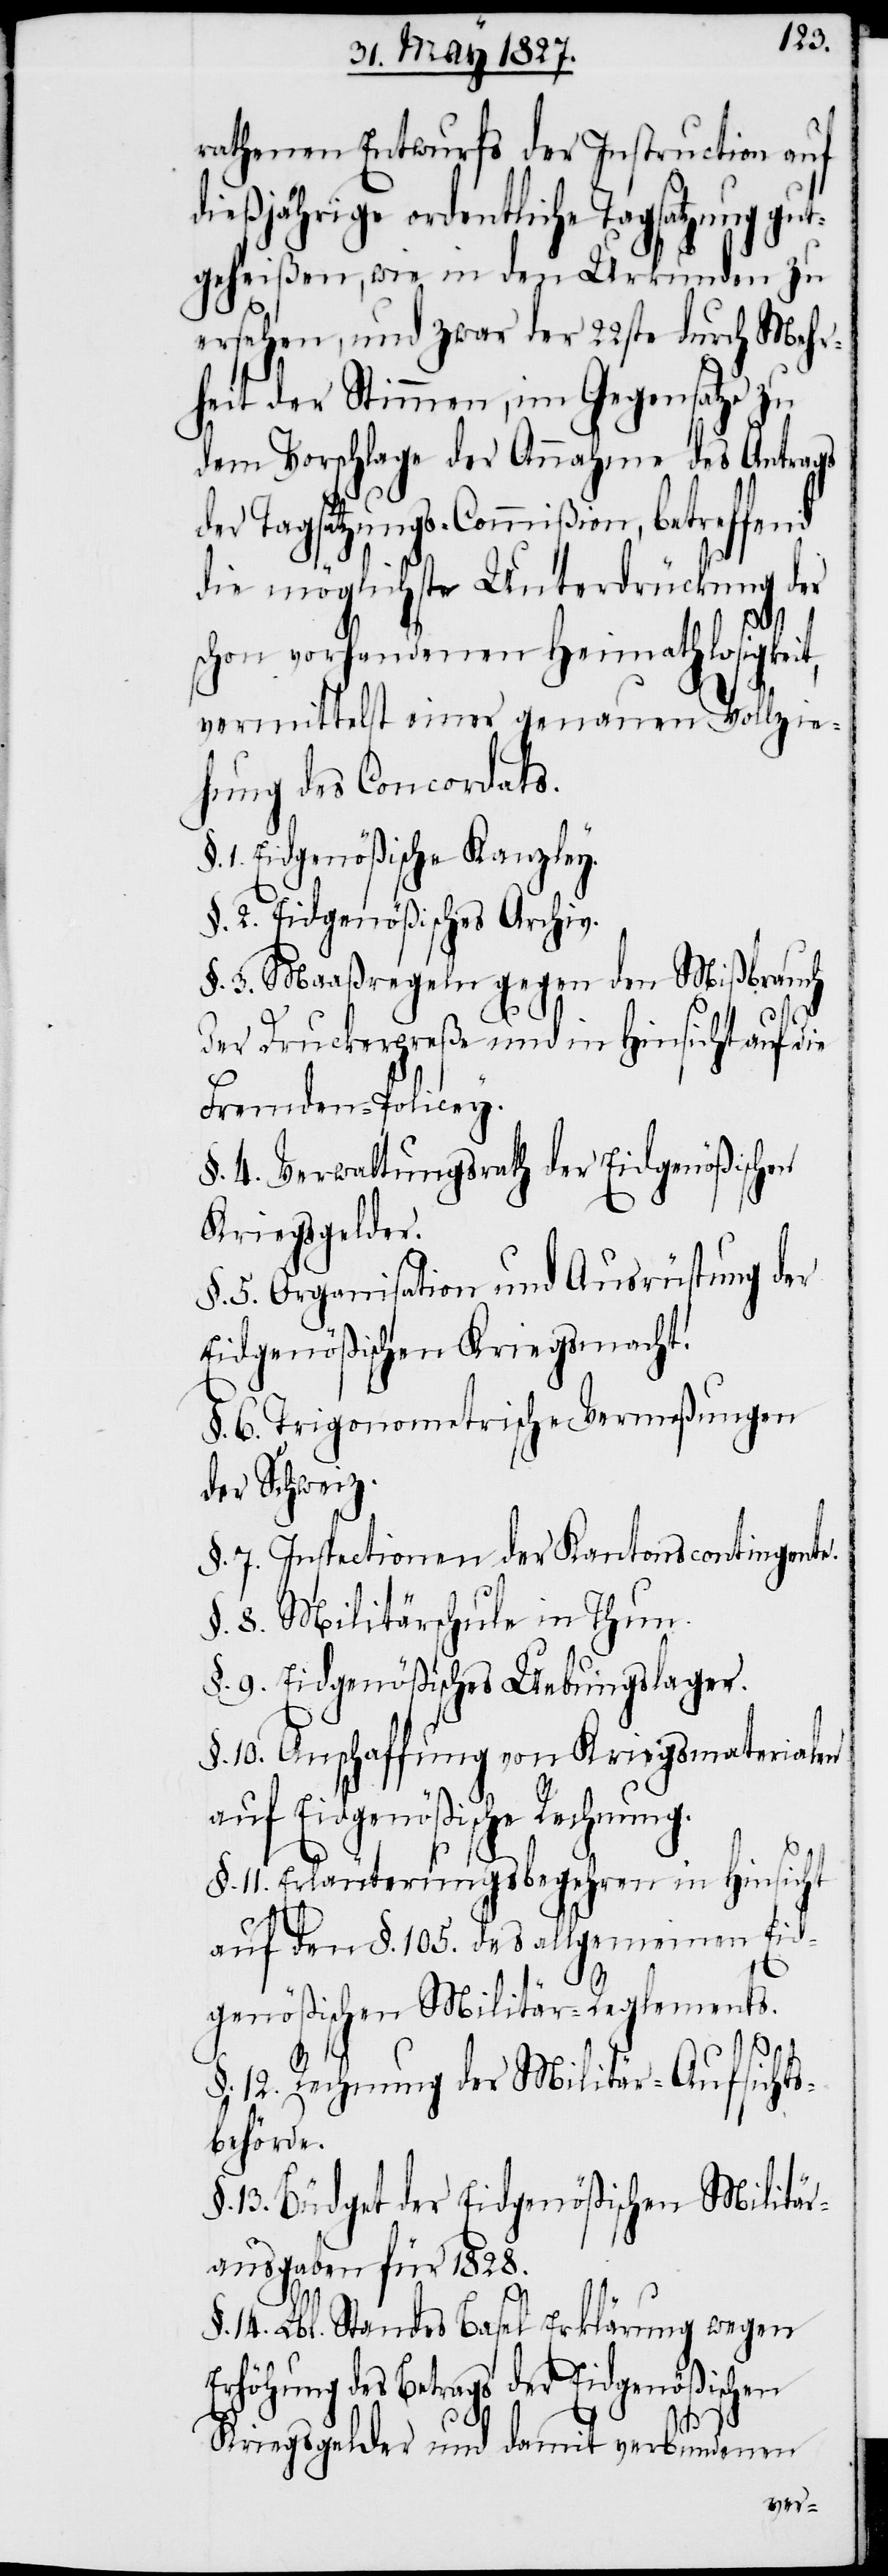
rathenen Entwurfs der Instruction auf
dießjährige ordentliche Tagsatzung gut¬
geheißen, wie in den Urkunden zu
ersehen, und zwar der 22ste durch Mehr¬
heit der Stimmen, im Gegensatze zu
dem Vorschlage der Annahme des Antrags
der Tagsatzungs-Commißion, betreffend
die möglichste Unterdrückung der
schon vorhandenen Heimathlosigkeit,
vermittelst einer genauen Vollzie¬
hung des Concordats.
1. Eidgenößische Kanzley.
§. 2. Eidgenößisches Archiv.
§. 3. Maaßregeln gegen den Mißbrauch
der Druckerpreße und in Hinsicht auf die
Fremden-Policey.
§. 4. Verwaltungsrath der Eidgenößischen
Kriegsgelder
§. 5. Organisation und Ausrüstung der
Eidgenößischen Kriegsmacht.
§. 6. Trigonometrische Vermeßungen
der Schweiz.
§. 7. Inspectionen der Kantonscontingente.
§. 8. Militärschule in Thun.
§. 9. Eidgenößisches Uebungslager.
§. 10. Anschaffung von Kriegsmaterialen
auf Eidgenößische Rechnung.
§. 11. Erläuterungsbegehren in Hinsicht
auf den §. 105. des allgemeinen Eid¬
genößischen Militär-Reglements.
§. 12. Rechnung der Militär-Aufsichts¬
behörde.
§. 13. Büdget der Eidgenößischen Militär¬
ausgaben für 1828.
14. Lbl. Standes Basel Erklärung wegen
Erhöhung des Betrags der Eidgenößischen
Kriegsgelder und damit verbundenen